NAE_EAOK_eestikeelsed_sunnimeetrikad, lk 151
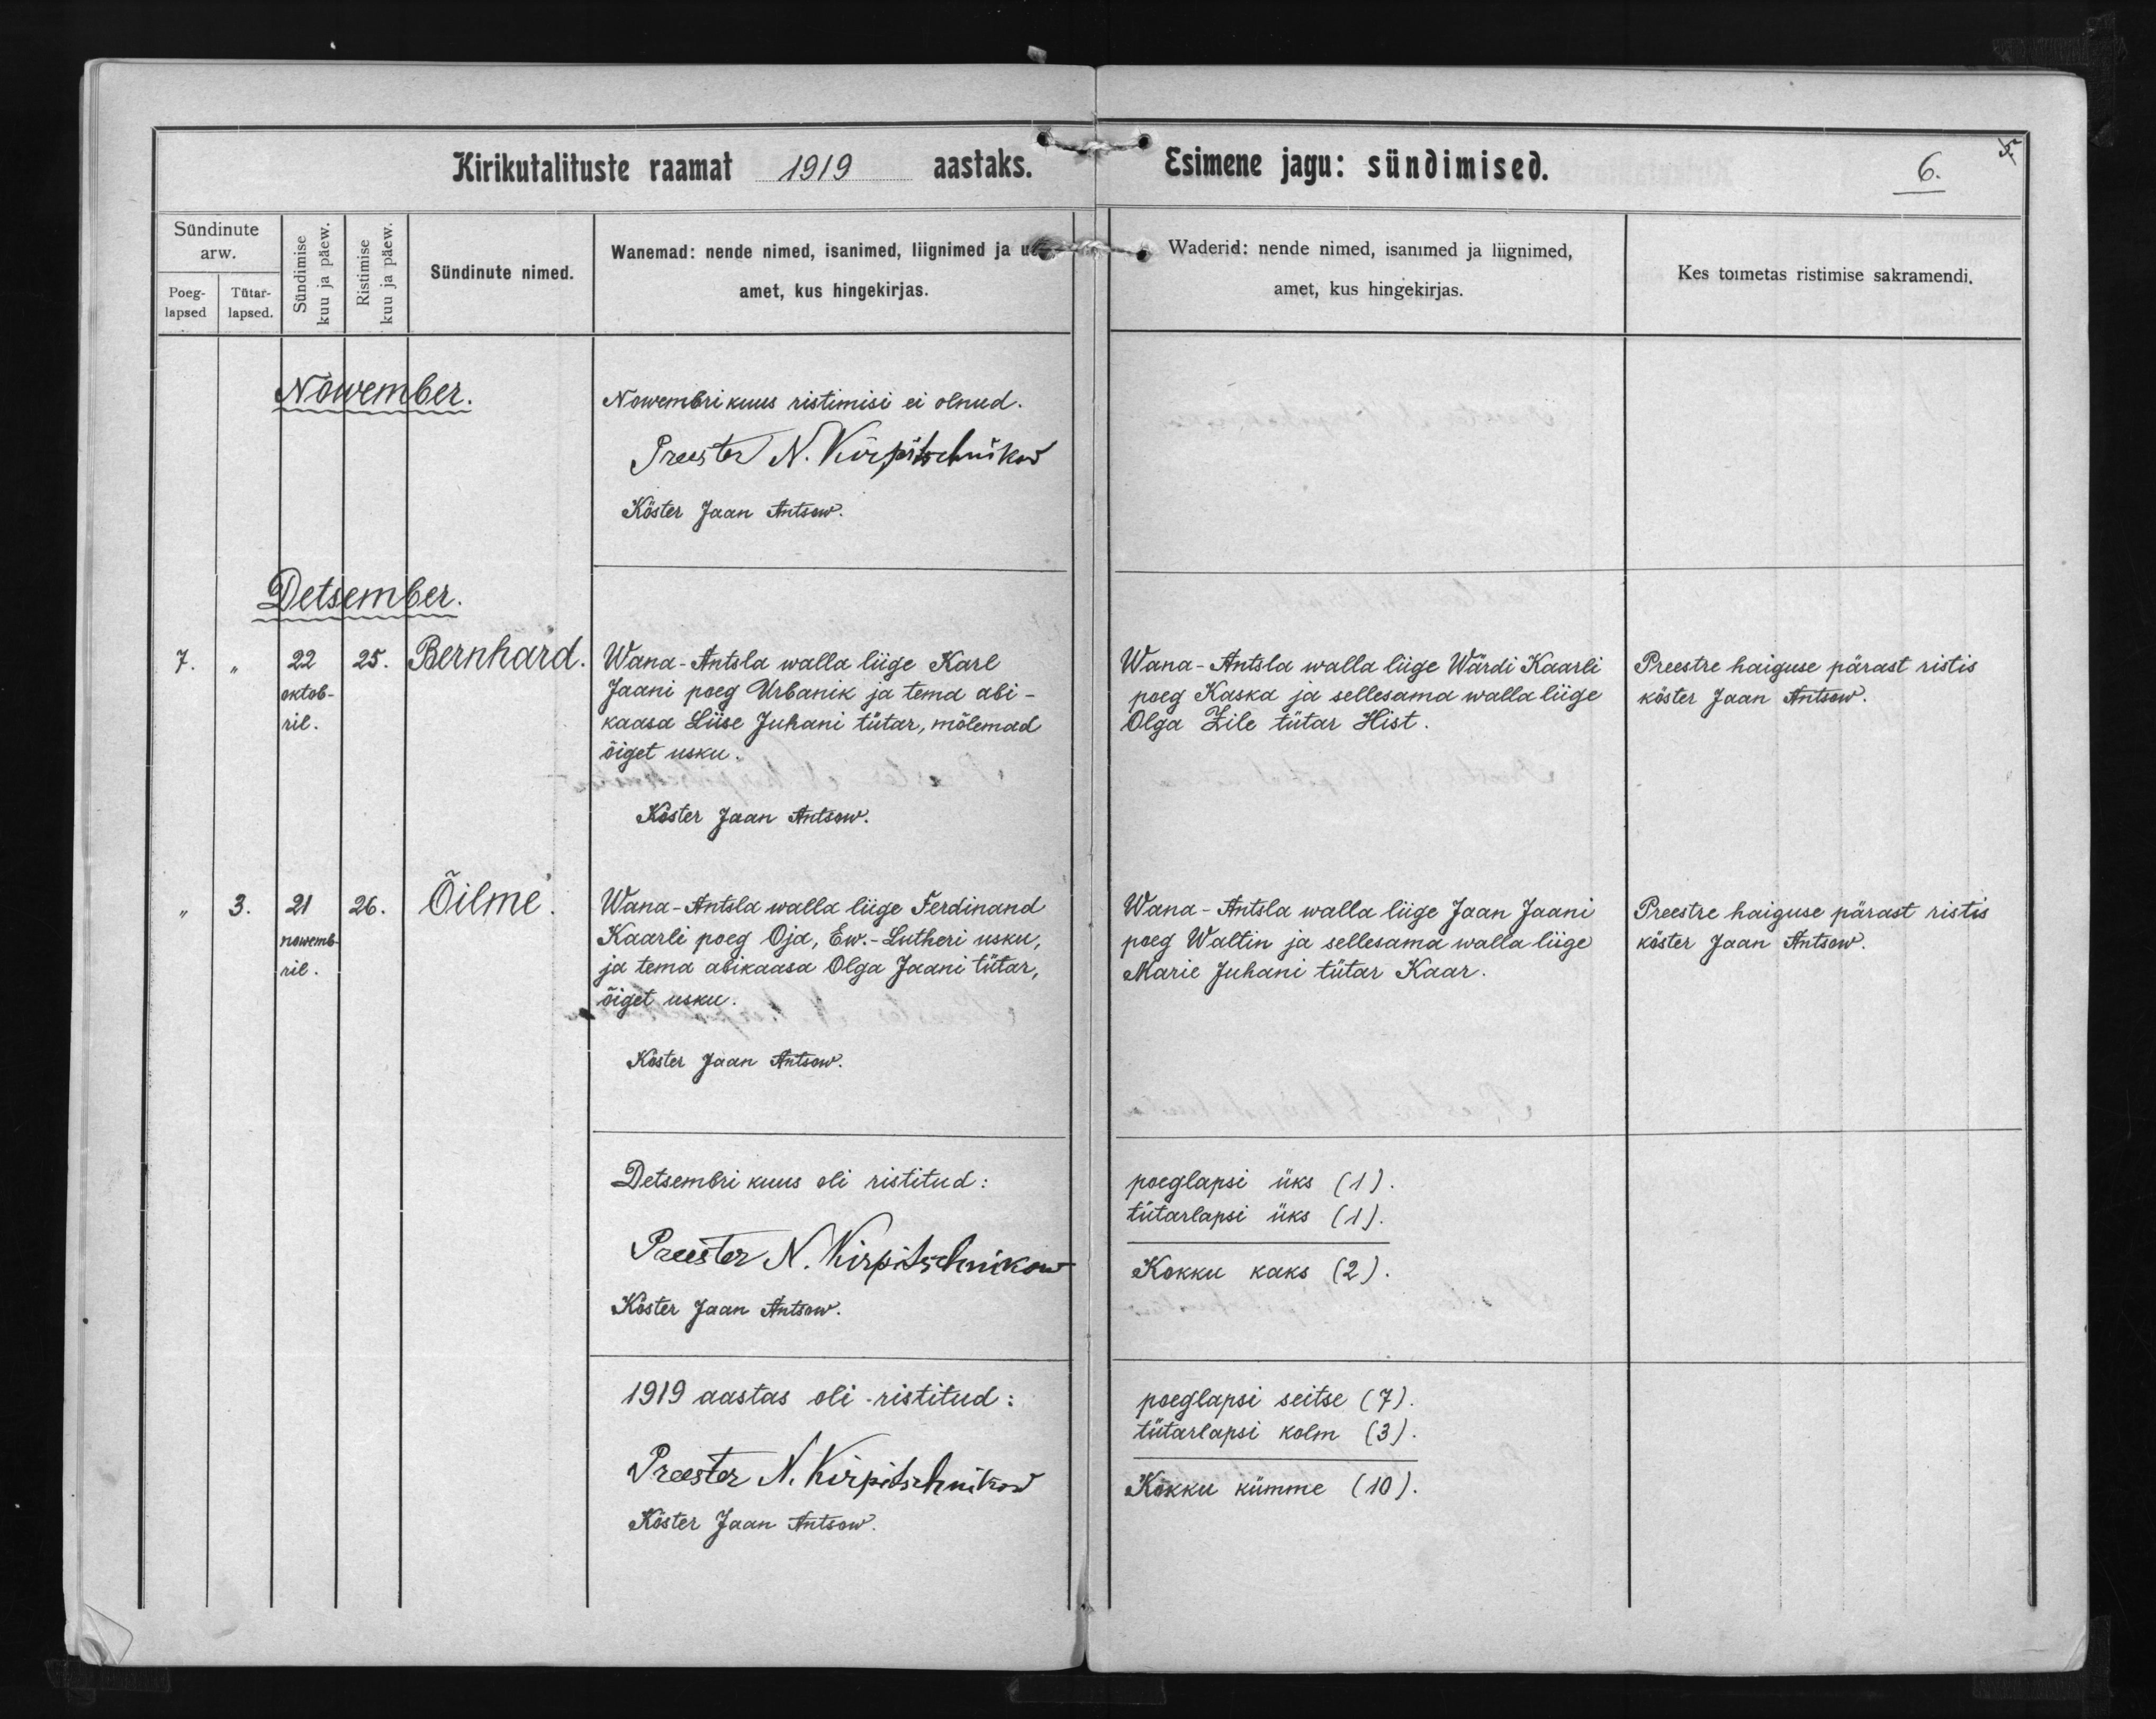
Bernhard

Õilme

Wana-Antsla walla liige Karl
Jaani poeg Urbanik ja tema abi-
kaasa Liise Juhani tütar, mõlemad
õiget usku.

Wana-Antsla walla liige Ferdinand
Kaarli poeg Oja, Ew.-Lutheri usku,
ja tema abikaasa Olga Jaani tütar,
õiget usku.